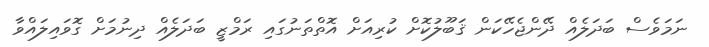
ނަމަވެސް ބަދަލެއް ދޭންޖެހޭކަން ޤަބޫލުކޮށް ކުރިއަށް އޮތްތަނުގައި ރަމްޒީ ބަދަލެއް ދިނުމަށް ގޮވައިލައްވާ